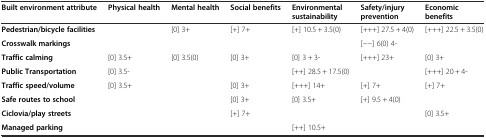
| Built environment attribute | Physical health | Mental health | Social benefits | Environmental sustainability | Safety/injury prevention | Economic benefits |
 | --- | --- | --- | --- | --- | --- | --- |
 | Pedestrian/bicycle facilities |  | [0] 3+ | [+] 7+ | [+] 10.5 + 3.5(0) | [+++] 27.5 + 4(0) | [+++] 22.5 + 3.5(0) |
 | Crosswalk markings |  |  |  |  | [−−] 6(0) 4- |  |
 | Traffic calming | [0] 3.5+ | [0] 3.5(0) | [0] 3+ | [0] 3 + 3- | [+++] 23+ | [0] 3+ |
 | Public Transportation | [0] 3.5- |  |  | [++] 28.5 + 17.5(0) |  | [+++] 20 + 4- |
 | Traffic speed/volume | [0] 3.5+ |  | [0] 3+ | [+++] 14+ | [+] 7+ | [+] 7+ |
 | Safe routes to school |  |  | [0] 3+ | [0] 3.5+ | [+] 9.5 + 4(0) |  |
 | Ciclovia/play streets |  |  | [+] 7+ |  |  | [0] 3.5+ |
 | Managed parking |  |  |  | [++] 10.5+ |  |  |